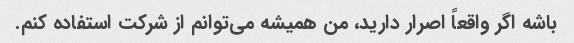
باشه اگر واقعاً اصرار دارید، من همیشه می‌توانم از شرکت استفاده کنم.